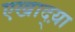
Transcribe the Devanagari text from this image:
एखाद्य़ा